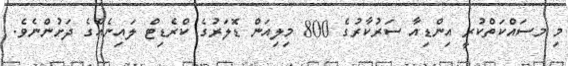
މި މސައްކަތްކުރީ އިންޑިއާ ސަރުކާރުގެ 800 މިލިއަން ޑޮލަރުގެ ކްރެޑިޓް ލައިނެއްގެ ދަށުންނެވެ.